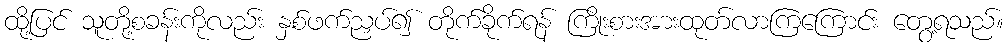
ထို့ပြင် သူတို့စခန်းကိုလည်း နှစ်ဖက်ညှပ်၍ တိုက်ခိုက်ရန် ကြိုးစားအားထုတ်လာကြကြောင်း တွေ့ရသည်။